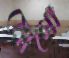
মোগো